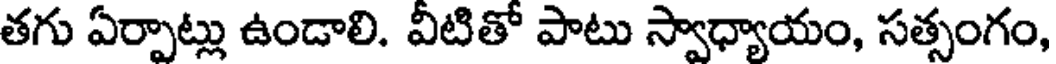
తగు ఏర్పాట్లు ఉండాలి. వీటితో పాటు స్వాధ్యాయం, సత్సంగం,